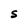
Character: S